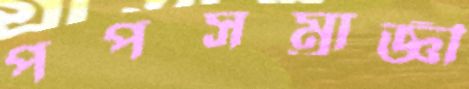
পপসম্রাজ্ঞী